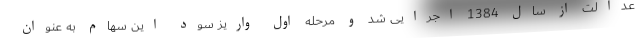
عدالت از سال 1384 اجرایی شد و مرحله اول واریز سود این سهام به عنوان